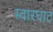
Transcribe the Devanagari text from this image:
स्‍वारघाट